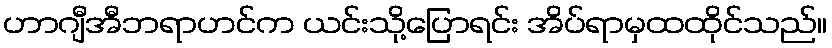
ဟာဂျီအီဘရာဟင်က ယင်းသို့ပြောရင်း အိပ်ရာမှထထိုင်သည်။